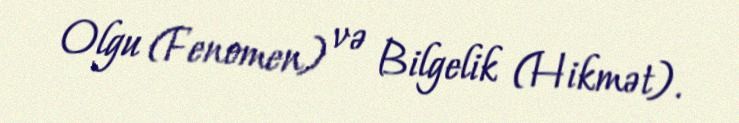
Olgu (Fenomen) və Bilgelik (Hikmət).